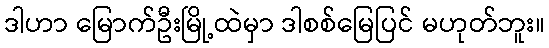
ဒါဟာ မြောက်ဦးမြို့ထဲမှာ ဒါစစ်မြေပြင် မဟုတ်ဘူး။